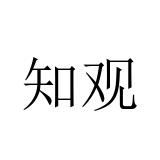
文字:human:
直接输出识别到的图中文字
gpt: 知观